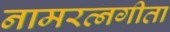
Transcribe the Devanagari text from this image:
नामरत्नगीता